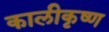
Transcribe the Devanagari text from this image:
कालीकृष्ण